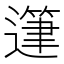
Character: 𨖷